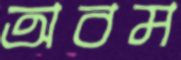
অবম